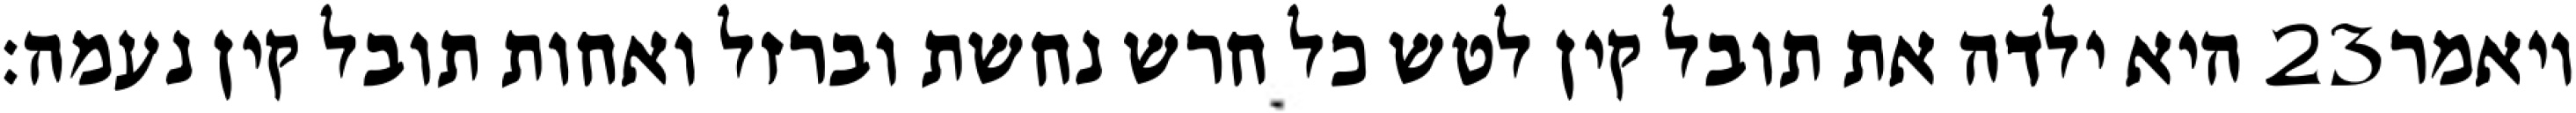
היא ילדה את תובל קין לטש כל חרש נחשת וברזל ואחות תובל קין נעמה׃ ‎23‏ ויאמר